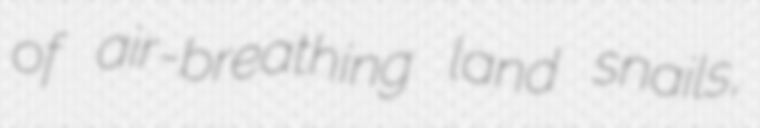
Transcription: of air-breathing land snails,